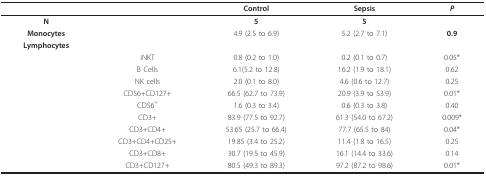
<table><thead><tr><td></td><td></td><td><b>Control</b></td><td><b>Sepsis</b></td><td><b><i>P</i></b></td></tr></thead><tbody><tr><td><b>N</b></td><td></td><td><b>5</b></td><td><b>5</b></td><td></td></tr><tr><td><b>Monocytes</b></td><td></td><td>4.9 (2.5 to 6.9)</td><td>5.2 (2.7 to 7.1)</td><td><b>0.9</b></td></tr><tr><td><b>Lymphocytes</b></td><td></td><td></td><td></td><td></td></tr><tr><td></td><td>iNKT</td><td>0.8 (0.2 to 1.0)</td><td>0.2 (0.1 to 0.7)</td><td>0.05*</td></tr><tr><td></td><td>B Cells</td><td>6.1(5.2 to 12.8)</td><td>16.2 (1.9 to 18.1)</td><td>0.62</td></tr><tr><td></td><td>NK cells</td><td>2.0 (0.1 to 8.0)</td><td>4.6 (0.6 to 12.7)</td><td>0.25</td></tr><tr><td></td><td>CD56+CD127+</td><td>66.5 (62.7 to 73.9)</td><td>20.9 (3.9 to 53.9)</td><td>0.01*</td></tr><tr><td></td><td>CD56<sup>+</sup></td><td>1.6 (0.3 to 3.4)</td><td>0.6 (0.3 to 3.8)</td><td>0.40</td></tr><tr><td></td><td>CD3+</td><td>83.9 (77.5 to 92.7)</td><td>61.3 (54.0 to 67.2)</td><td>0.009*</td></tr><tr><td></td><td>CD3+CD4+</td><td>53.65 (25.7 to 66.4)</td><td>77.7 (65.5 to 84)</td><td>0.04*</td></tr><tr><td></td><td>CD3+CD4+CD25+</td><td>19.85 (3.4 to 25.2)</td><td>11.4 (1.8 to 16.5)</td><td>0.25</td></tr><tr><td></td><td>CD3+CD8+</td><td>30.7 (19.5 to 45.9)</td><td>16.1 (14.4 to 33.6)</td><td>0.14</td></tr><tr><td></td><td>CD3+CD127+</td><td>80.5 (49.3 to 89.3)</td><td>97.2 (87.2 to 98.6)</td><td>0.01*</td></tr></tbody></table>